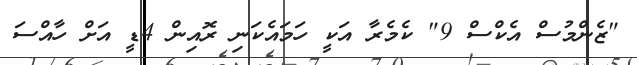
"ޒެންމުސް އެކްސް 9" ކެމެރާ އަކީ ހަމައެކަނި ރޮއިން 4ޑީ އަށް ހާއްސަ